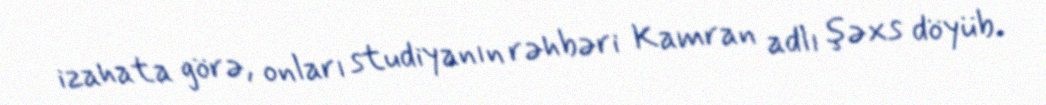
izahata görə, onları studiyanın rəhbəri Kamran adlı şəxs döyüb.